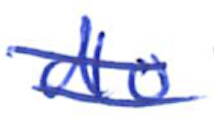
Text: do
Cross-out: mix
Writing tool: ballpoint